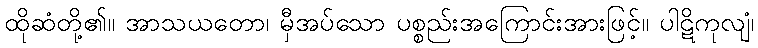
ထိုဆံတို့၏။ အာသယတော၊ မှီအပ်သော ပစ္စည်းအကြောင်းအားဖြင့်။ ပါဋိကုလျံ၊